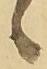
候